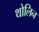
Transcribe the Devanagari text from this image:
थोलिन